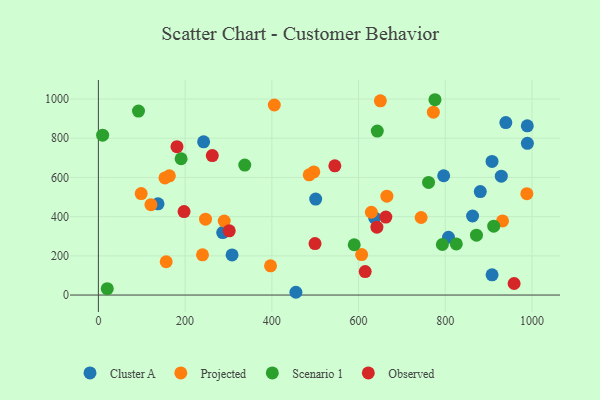
{"axis": {"x": "Study Hours", "y": "Demand"}, "legend": ["Cluster A", "Observed", "Projected", "Scenario 1"], "data": [{"x": "637.1", "y": 393.8, "type": "Cluster A"}, {"x": "455.5", "y": 14.1, "type": "Cluster A"}, {"x": "796.3", "y": 608.5, "type": "Cluster A"}, {"x": "989.3", "y": 773.9, "type": "Cluster A"}, {"x": "880.7", "y": 527.7, "type": "Cluster A"}, {"x": "308.3", "y": 204.6, "type": "Cluster A"}, {"x": "286.7", "y": 318.5, "type": "Cluster A"}, {"x": "907.8", "y": 681.4, "type": "Cluster A"}, {"x": "807.4", "y": 294.8, "type": "Cluster A"}, {"x": "137.5", "y": 465.1, "type": "Cluster A"}, {"x": "501.1", "y": 489.7, "type": "Cluster A"}, {"x": "907.9", "y": 103.0, "type": "Cluster A"}, {"x": "989.1", "y": 863.2, "type": "Cluster A"}, {"x": "929.2", "y": 606.4, "type": "Cluster A"}, {"x": "939.6", "y": 879.5, "type": "Cluster A"}, {"x": "242.7", "y": 781.4, "type": "Cluster A"}, {"x": "862.9", "y": 403.1, "type": "Cluster A"}, {"x": "988.1", "y": 517.0, "type": "Projected"}, {"x": "772.5", "y": 933.0, "type": "Projected"}, {"x": "240.1", "y": 205.1, "type": "Projected"}, {"x": "629.5", "y": 422.4, "type": "Projected"}, {"x": "153.5", "y": 597.4, "type": "Projected"}, {"x": "397.0", "y": 149.0, "type": "Projected"}, {"x": "496.8", "y": 627.9, "type": "Projected"}, {"x": "290.2", "y": 377.6, "type": "Projected"}, {"x": "650.3", "y": 990.6, "type": "Projected"}, {"x": "163.7", "y": 608.0, "type": "Projected"}, {"x": "156.4", "y": 169.7, "type": "Projected"}, {"x": "405.7", "y": 969.5, "type": "Projected"}, {"x": "121.2", "y": 460.9, "type": "Projected"}, {"x": "98.7", "y": 517.7, "type": "Projected"}, {"x": "744.3", "y": 395.5, "type": "Projected"}, {"x": "247.1", "y": 387.0, "type": "Projected"}, {"x": "932.0", "y": 378.2, "type": "Projected"}, {"x": "607.1", "y": 206.2, "type": "Projected"}, {"x": "665.3", "y": 504.3, "type": "Projected"}, {"x": "486.2", "y": 613.3, "type": "Projected"}, {"x": "825.4", "y": 260.9, "type": "Scenario 1"}, {"x": "92.5", "y": 938.4, "type": "Scenario 1"}, {"x": "793.2", "y": 257.9, "type": "Scenario 1"}, {"x": "190.8", "y": 695.1, "type": "Scenario 1"}, {"x": "911.7", "y": 351.4, "type": "Scenario 1"}, {"x": "9.8", "y": 815.6, "type": "Scenario 1"}, {"x": "776.2", "y": 996.3, "type": "Scenario 1"}, {"x": "643.2", "y": 836.5, "type": "Scenario 1"}, {"x": "590.0", "y": 256.5, "type": "Scenario 1"}, {"x": "20.5", "y": 32.3, "type": "Scenario 1"}, {"x": "761.4", "y": 574.5, "type": "Scenario 1"}, {"x": "871.9", "y": 305.6, "type": "Scenario 1"}, {"x": "337.6", "y": 662.8, "type": "Scenario 1"}, {"x": "662.9", "y": 397.5, "type": "Observed"}, {"x": "642.3", "y": 346.4, "type": "Observed"}, {"x": "958.7", "y": 58.8, "type": "Observed"}, {"x": "545.3", "y": 659.3, "type": "Observed"}, {"x": "499.6", "y": 262.3, "type": "Observed"}, {"x": "301.8", "y": 327.8, "type": "Observed"}, {"x": "197.6", "y": 425.7, "type": "Observed"}, {"x": "615.3", "y": 119.7, "type": "Observed"}, {"x": "181.2", "y": 756.6, "type": "Observed"}, {"x": "262.7", "y": 711.6, "type": "Observed"}]}